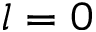
l = 0